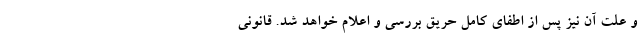
و علت آن نیز پس از اطفای کامل حریق بررسی و اعلام خواهد شد. قانونی